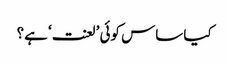
کیا ساس کوئی ’لعنت‘ ہے؟